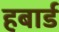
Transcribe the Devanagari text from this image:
हबार्ड